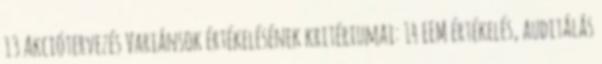
13 Akciótervezés Variánsok értékelésének kritériumai: 14 EEM értékelés, auditálás